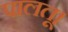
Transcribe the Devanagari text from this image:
पालतू।